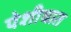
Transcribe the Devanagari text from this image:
पेशीघात